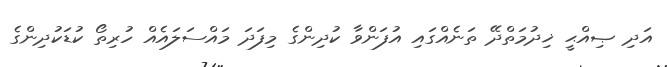
އަދި ޞިއްޙީ ޚިދުމަތްދޭ ތަނެއްގައި އުފަންވާ ކުދިންގެ މިފަދަ މައްސަލައެއް ހުރިތޯ ކުޑަކުދިންގެ